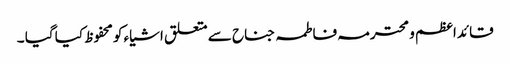
قائدا عظم و محترمہ فاطمہ جناح سے متعلق اشیاء کو محفوظ کیا گیا ۔